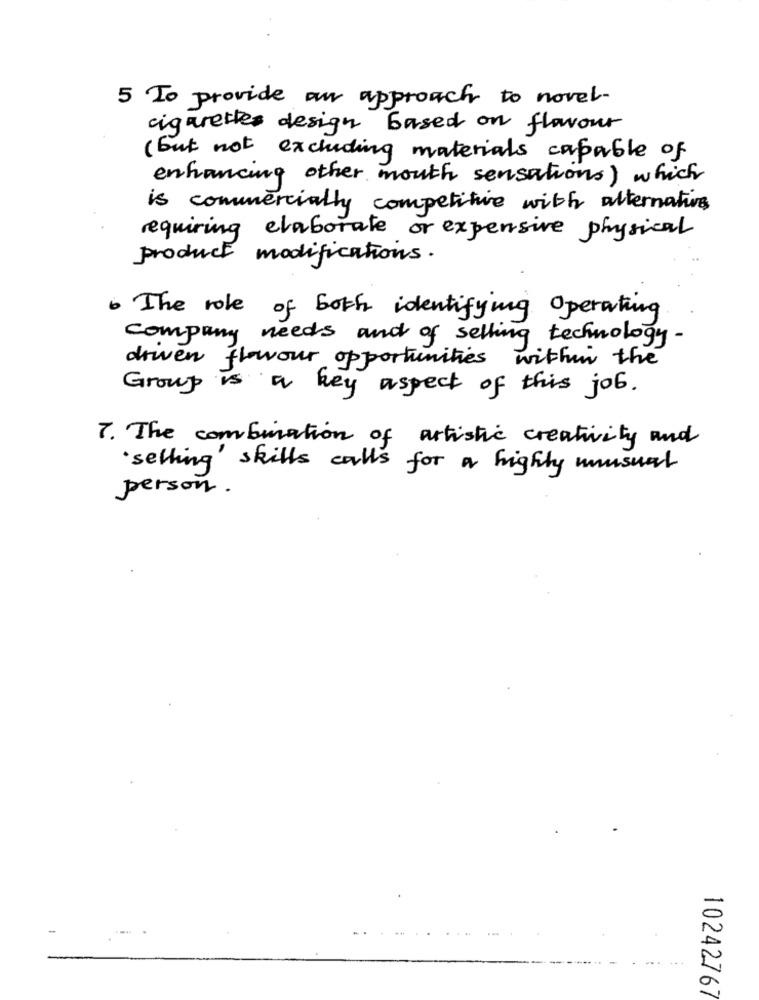
5 To provide our approach to novel-
cigarettes design based on flavour
( but not excluding materials capable of
enhancing other mouth sensations) which
is commercially competitive with alternatives
requiring elaborate or expensive physical
product modifications.
. The role of both identifying Operating
company needs and of selling technology -
driven flowour opportunities within the
Group is
a key aspect of this job.
7. The combination of artistic creativity and
· selling skills calls for a highly unusual
person .
-
....
10242767